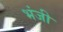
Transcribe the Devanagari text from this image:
भंजी